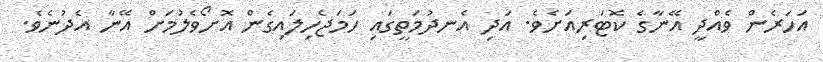
އަހަރެން ވެއްދީ އޭނާގެ ކޮޓަރިއަށެވެ. އަދި އެނދުމަތީގައި ހަމަޖެހިލައިގެން އޮށޯވެލުމަށް އޭނާ އެދުނެވެ.